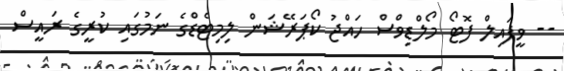
-- ވީފައިލް ފޮޓޯ މޯލްޑިވްސް ހައްޖު ކޯޕަރޭޝަން ލިމިޓެޑްގެ ނަމުގައި ކުރީގެ ރައީސް